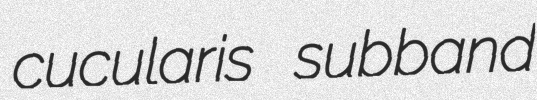
cucularis subband